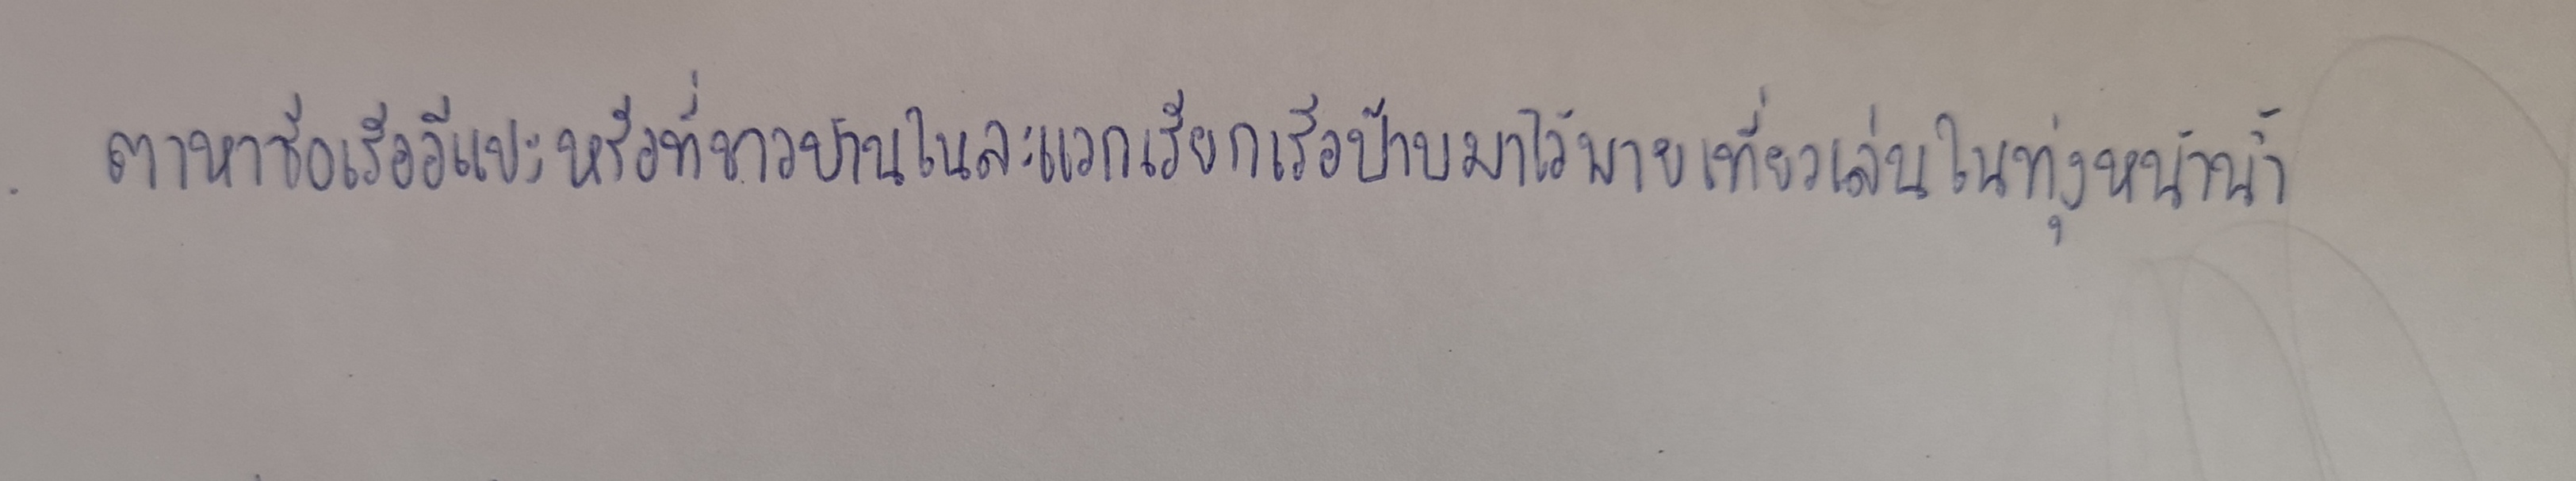
ตาหาซื้อเรืออีแปะหรือที่ชาวบ้านในละแวกเรียกเรือป๊าบมาไว้พายเที่ยวเล่นในทุ่งหน้าน้ำ